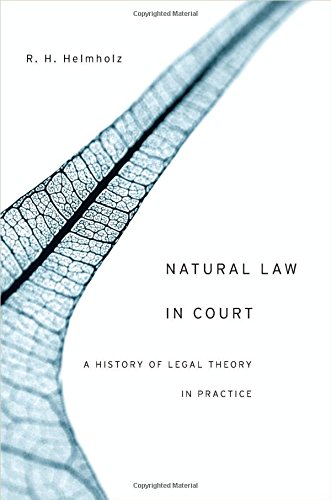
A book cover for Natural Law in Court: A History of Legal Theory in Practice; R. H. Helmholz; Law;